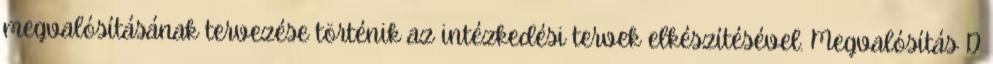
megvalósításának tervezése történik az intézkedési tervek elkészítésével. Megvalósítás D